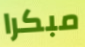
مبكرا